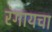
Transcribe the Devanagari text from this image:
रंगायचा